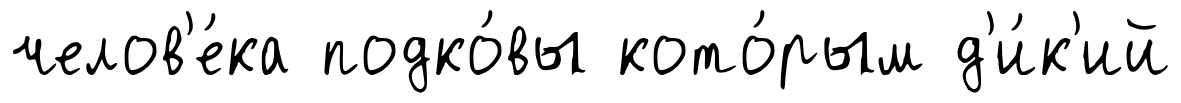
челов'е́ка подко́вы кото́рым д'и́к'ий